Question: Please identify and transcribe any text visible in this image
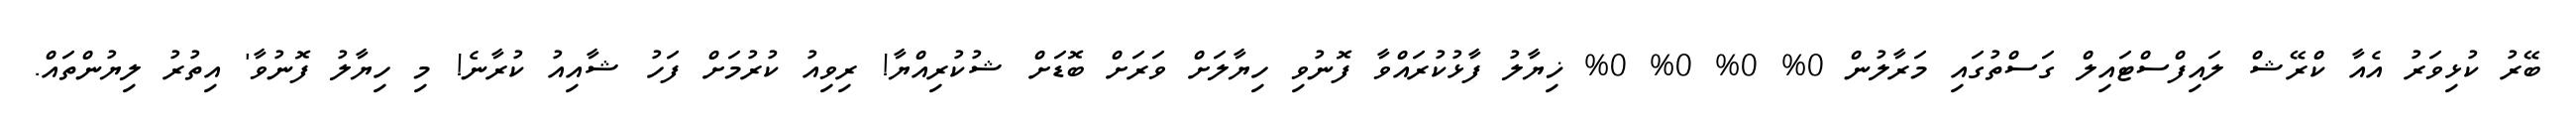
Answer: ބޭރު ކުޅިވަރު އެއާ ކްރޭޝް ލައިފްސްޓައިލް ގަސްތުގައި މަރާލުން 0% 0% 0% 0% ޚިޔާލު ފާޅުކުރައްވާ ފޮނުވި ހިޔާލަށް ވަރަށް ބޮޑަށް ޝުކުރިއްޔާ! ރިވިއު ކުރުމަށް ފަހު ޝާއިއު ކުރާނެ! މި ހިޔާލު ފޮނުވާ' އިތުރު ލިޔުންތައް.